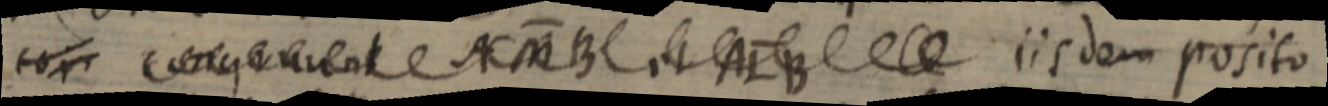
toi congruunt AMB et ALB iisdem posito